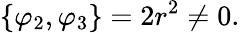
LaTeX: \{ \varphi_{2},\varphi_{3}\} =2r^{2}\neq 0.